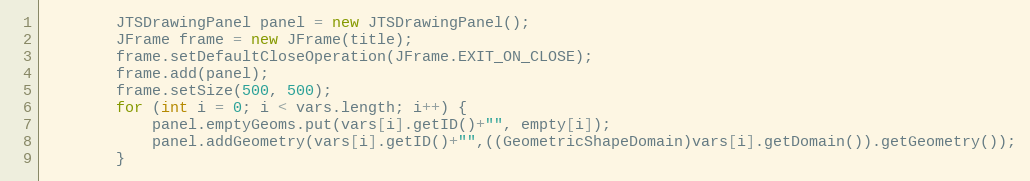
Language: Java
		JTSDrawingPanel panel = new JTSDrawingPanel();
		JFrame frame = new JFrame(title);
		frame.setDefaultCloseOperation(JFrame.EXIT_ON_CLOSE);
		frame.add(panel);
		frame.setSize(500, 500);
		for (int i = 0; i < vars.length; i++) {
			panel.emptyGeoms.put(vars[i].getID()+"", empty[i]);
			panel.addGeometry(vars[i].getID()+"",((GeometricShapeDomain)vars[i].getDomain()).getGeometry());
		}